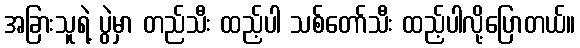
အခြားသူရဲ့ ပွဲမှာ တည်သီး ထည့်ပါ သစ်တော်သီး ထည့်ပါလို့ပြောတယ်။